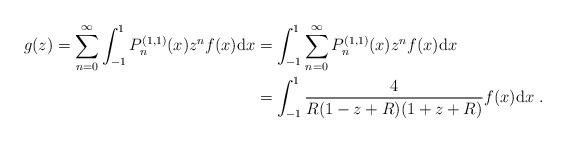
LaTeX: \begin{align*}g(z) = \sum_{n=0}^{\infty}\int_{-1}^{1} P_n^{(1,1)}(x)z^nf(x) \mathrm{d}x &= \int_{-1}^{1}\sum_{n=0}^{\infty}P_n^{(1,1)}(x)z^nf(x) \mathrm{d}x\\&=\int_{-1}^{1}\frac{4}{R(1-z+R)(1+z+R)}f(x)\mathrm{d}x\ .\end{align*}